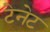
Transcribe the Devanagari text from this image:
टेनेट